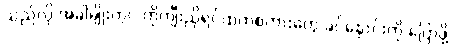
သည်လို အခါမျိုးတွင် ကိုကျီးညိုရင်ထဲကစကားတွေ ခင်နှောင်းကို ပြောဖို့